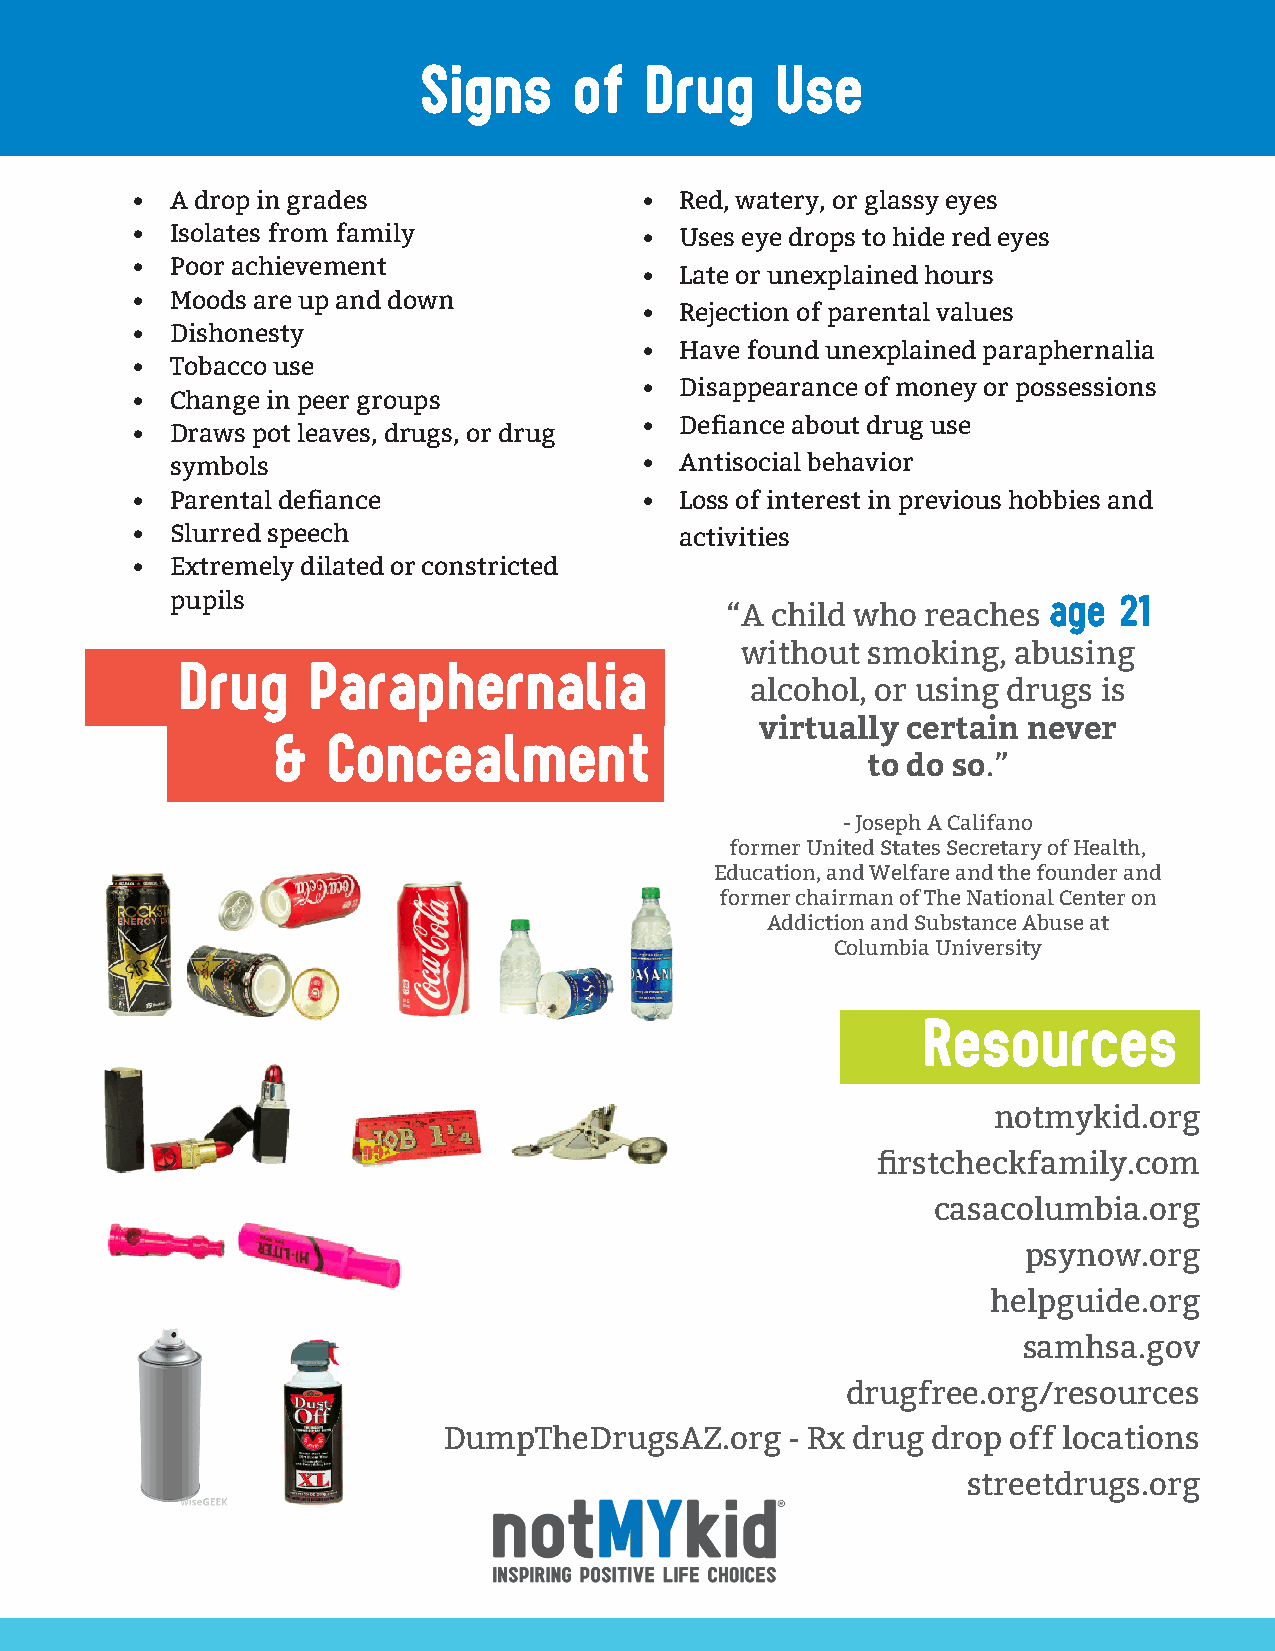
Signs     of   Drug    Use
 • A drop in grades               •  Red, watery, or glassy eyes
 • Isolates from family           •  Uses eye drops to hide red eyes
 • Poor achievement
 •  Late or unexplained hours
 • Moods are up and down
 •  Rejection of parental values
 • Dishonesty
 •  Have found unexplained paraphernalia
 • Tobacco use
 •  Disappearance of money or possessions
 • Change in peer groups
 •  Defiance about drug use
 • Draws pot leaves, drugs, or drug
 symbols                        •  Antisocial behavior
 • Parental defiance              •  Loss of interest in previous hobbies and
 • Slurred speech                    activities
 • Extremely dilated or constricted
 pupils                                                    age  21
 “A child who reaches
 without smoking,  abusing
 Drug    Paraphernalia
 alcohol, or using drugs is
 virtually certain never
 &   Concealment
 to do so.”
 - Joseph A Califano
 former United States Secretary of Health,
 Education, and Welfare and the founder and
 former chairman of The National Center on
 Addiction and Substance Abuse at
 Columbia University
 Resources
 notmykid.org
 firstcheckfamily.com
 casacolumbia.org
 psynow.org
 helpguide.org
 samhsa.gov
 drugfree.org/resources
 DumpTheDrugsAZ.org     - Rx drug drop off locations
 streetdrugs.org